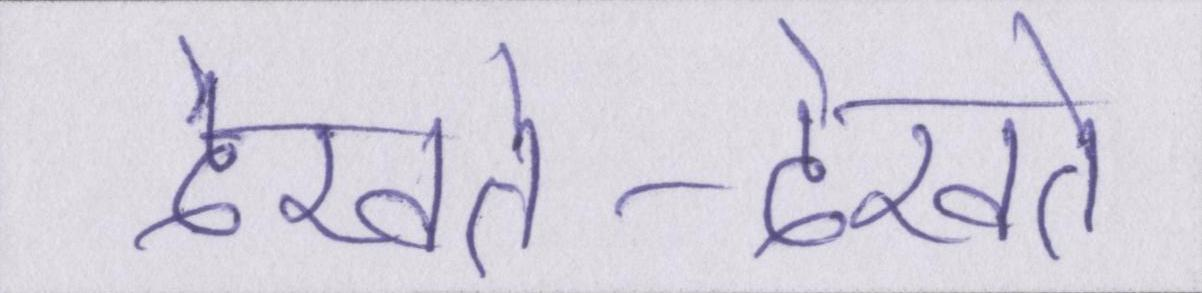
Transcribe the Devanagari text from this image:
देखते-देखते